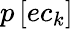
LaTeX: p\left[ec_{k}\right]